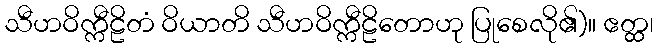
သီဟဝိက္ကီဠိတံ ဝိယာတိ သီဟဝိက္ကီဠိတောဟု ပြုစေလို၏)။ ဧတ္ထ၊